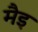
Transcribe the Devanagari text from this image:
मैइ